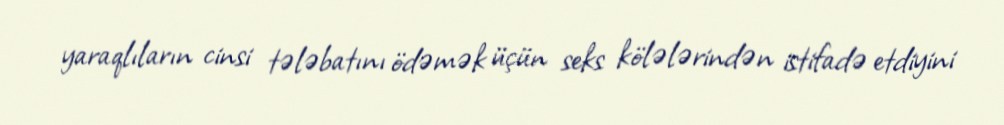
yaraqlıların cinsi tələbatını ödəmək üçün seks kölələrindən istifadə etdiyini